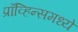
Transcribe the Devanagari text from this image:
प्रॉव्हिन्समध्ये